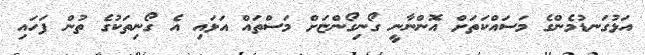
އަޅުގަނޑުމެންގެ މަސައްކަތަށް އޮންނާނީ ގޯނިގޯންޏަށް މަސްތައް އަޅައި އެ ގޯނިތަކުގެ ތުން ފަހައި